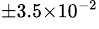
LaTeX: ^{\pm 3.5\times 10^{-2}}